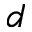
d